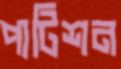
পাটিশন